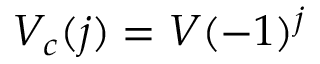
V _ { c } ( j ) = V ( - 1 ) ^ { j }